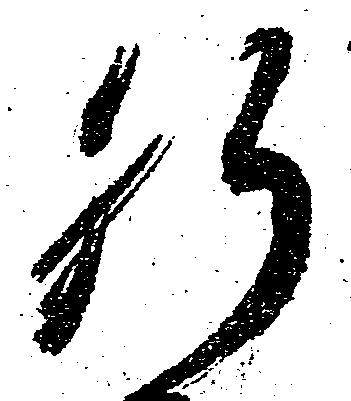
肝